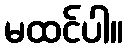
မထင်ပါ။